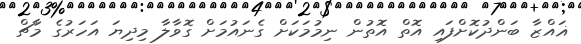
ޣައްޒާ ބަންދުކޮށްފައި އޮތް އޮތުން ނިމުމަކަށް ގެނައުމަށް ގޮވާލާ މިދިޔަ އަހަރުގެ މާޗް